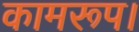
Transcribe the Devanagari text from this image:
कामरूप।